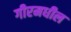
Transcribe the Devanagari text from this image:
गीरमधील